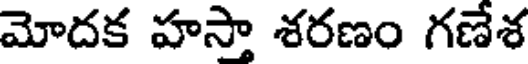
మోదక హస్తా శరణం గణేశ